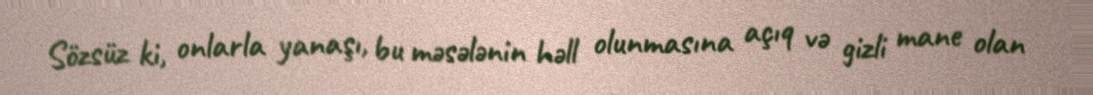
Sözsüz ki, onlarla yanaşı, bu məsələnin həll olunmasına açıq və gizli mane olan